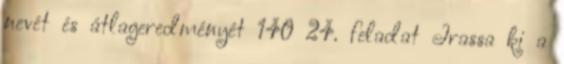
nevét és átlageredményét 140 24. feladat Írassa ki a